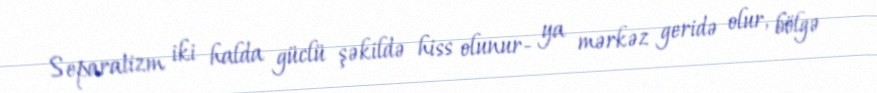
Separatizm iki halda güclü şəkildə hiss olunur- ya mərkəz geridə olur, bölgə